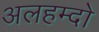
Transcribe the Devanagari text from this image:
अलहम्दो